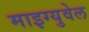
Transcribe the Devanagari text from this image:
माइग्युवेल